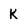
Character: K